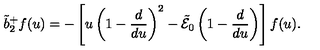
\tilde { b } _ { 2 } ^ { + } f ( u ) = - \left[ u \left( 1 - { \frac { d } { d u } } \right) ^ { 2 } - \tilde { \cal E } _ { 0 } \left( 1 - { \frac { d } { d u } } \right) \right] f ( u ) .